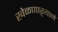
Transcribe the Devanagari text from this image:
खेळणाऱ्याने